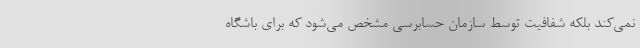
نمی‌کند بلکه شفافیت توسط سازمان حسابرسی مشخص می‌شود که برای باشگاه